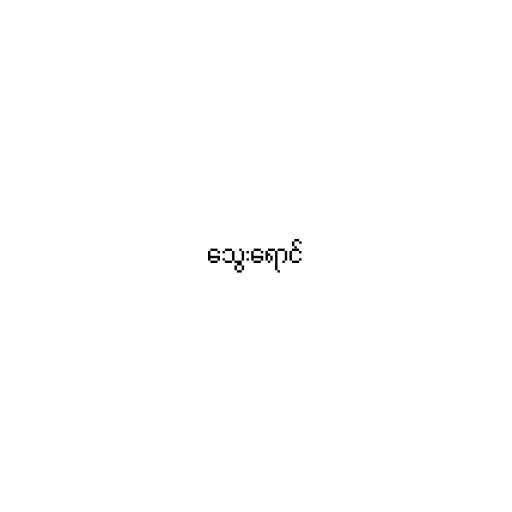
သွေးရောင်